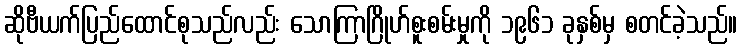
ဆိုဗီယက်ပြည်ထောင်စုသည်လည်း သောကြာဂြိုဟ်စူးစမ်းမှုကို ၁၉၆၁ ခုနှစ်မှ စတင်ခဲ့သည်။